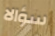
سؤالا